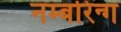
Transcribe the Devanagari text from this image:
नम्बरिन्ग